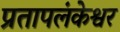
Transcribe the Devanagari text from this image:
प्रतापलंकेश्वर